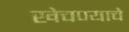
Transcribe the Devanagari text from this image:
खेचण्याचे